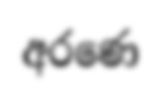
අරණෙ